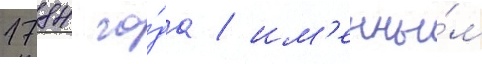
1784 го́да / им'енны́м